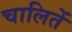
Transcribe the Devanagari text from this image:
चालितें